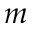
m